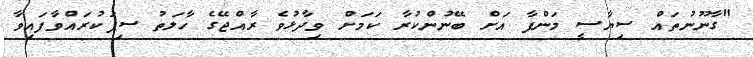
"ގާނޫނުތައް ސިޔާސީ މަންފާ އަށް ބޭނުންކުރާ ކަމަށް ވިދާޅުވެ ރާއްޖޭގެ ހާލަތު ސިފަކުރައްވާފައިވާ